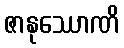
ဇာနုဿောဏိ